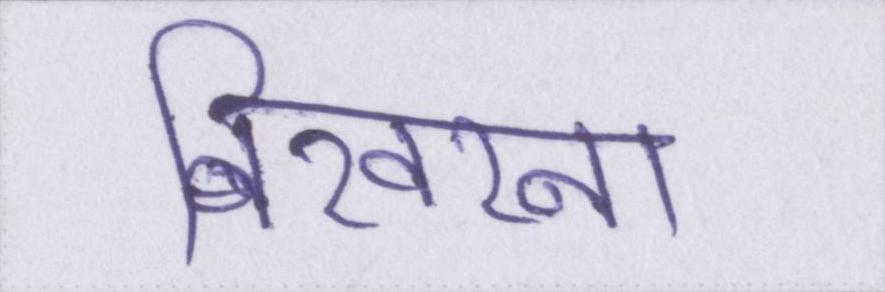
बिखरना